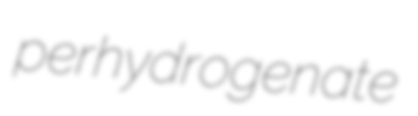
perhydrogenate